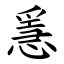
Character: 㥯